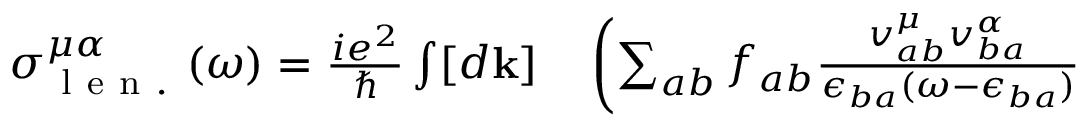
\begin{array} { r l } { \sigma _ { \mathrm { ~ l ~ e ~ n ~ . ~ } } ^ { \mu \alpha } ( \omega ) = \frac { i e ^ { 2 } } { \hslash } \int [ d \mathbf { k } ] } & { { } \left( \sum _ { a b } f _ { a b } \frac { v _ { a b } ^ { \mu } v _ { b a } ^ { \alpha } } { \epsilon _ { b a } ( \omega - \epsilon _ { b a } ) } \right. } \end{array}